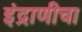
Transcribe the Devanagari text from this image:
इंद्राणीचा